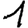
Digit: 1